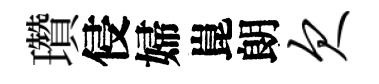
瓚侵婦崑朗欠